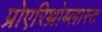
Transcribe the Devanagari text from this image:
प्रोएरिथ्रोब्लास्ट